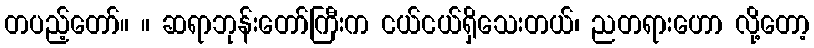
တပည့်တော်။ ။ ဆရာဘုန်းတော်ကြီးက ငယ်ငယ်ရှိသေးတယ်၊ ညတရားဟော လို့တော့